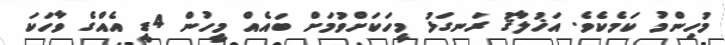
މުހިންމު ކަމެކެވެ. އަޚުލާޤު ރަނގަޅު މީހަކަށްވުމަށް ބައެއް މީހުން 4ޑީ އެއްގެ ވާހަކަ